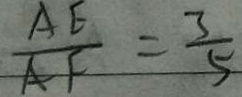
\frac { A E } { A F } = \frac { 3 } { 5 }